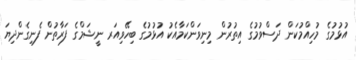
އުޅުމުގެ މުހިއްމުކަން ދަސްވުމުގެ އިތުރުން މިނިވަންކަމާއެކު އުޅުމުގެ ބިހޭވިއަރ ނީޝަމްގެ ފަރާތުން ފެނިގެންދިޔަ